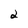
Character: 2